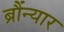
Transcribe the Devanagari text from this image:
ब्रौंन्यार